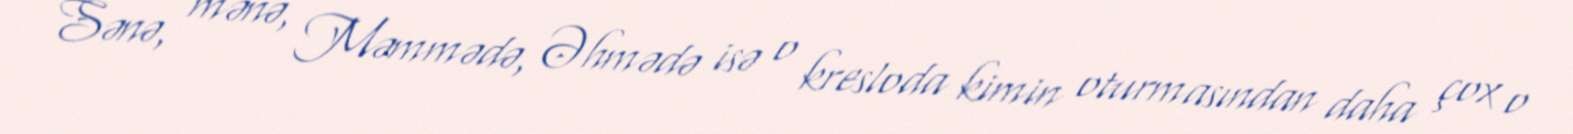
Sənə, mənə, Məmmədə, Əhmədə isə o kresloda kimin oturmasından daha çox o